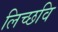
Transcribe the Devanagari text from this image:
लिच्‍छवि